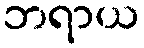
ဘရာယ